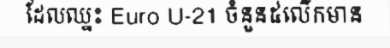
ដែលឈ្នះ Euro U-21 ចំនួន៥លើកមាន